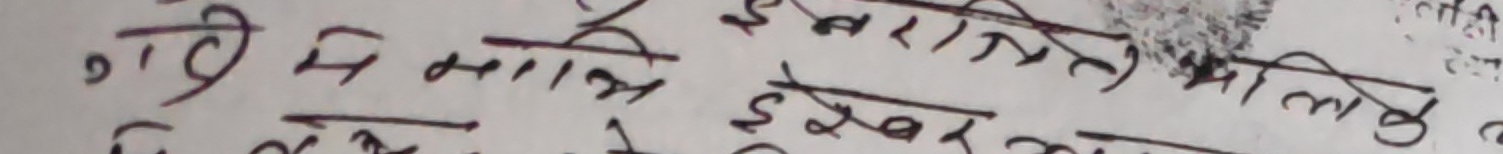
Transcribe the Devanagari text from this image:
गी माथि इरादत भोलै छैन। ई कर्तव्य म करी।